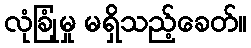
လုံခြုံမှု မရှိသည့်ခေတ်။